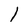
Character: l